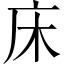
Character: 床